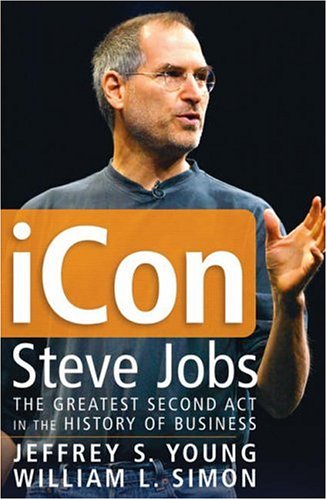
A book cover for iCon Steve Jobs: The Greatest Second Act in the History of Business; Jeffrey S. Young; Computers & Technology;